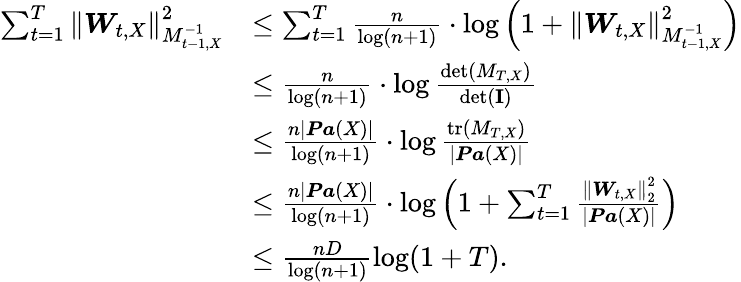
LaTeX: \begin{array}{rl}{\sum_{t=1}^{T}\left\| \boldsymbol{W}_{t,X}\right\| _{M_{t-1,X}^{-1}}^{2}}&{\leq\sum_{t=1}^{T}\frac{n}{\log(n+1)}\cdot\log\left(1+\left\| \boldsymbol{W}_{t,X}\right\| _{M_{t-1,X}^{-1}}^{2}\right)}\\ &{\leq\frac{n}{\log(n+1)}\cdot\log\frac{\operatorname*{det}(M_{T,X})}{\operatorname*{det}({\mathbf I})}}\\ &{\leq\frac{n|\boldsymbol{\mathit Pa}(X)|}{\log(n+1)}\cdot\log\frac{\mathrm{tr}(M_{T,X})}{|\boldsymbol{\mathit Pa}(X)|}}\\ &{\leq\frac{n|\boldsymbol{\mathit Pa}(X)|}{\log(n+1)}\cdot\log\left(1+\sum_{t=1}^{T}\frac{\left\| \boldsymbol{W}_{t,X}\right\| _{2}^{2}}{|\boldsymbol{\mathit Pa}(X)|}\right)}\\ &{\leq\frac{nD}{\log(n+1)}\log(1+T).}\end{array}